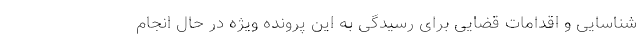
شناسایی و اقدامات قضایی برای رسیدگی به این پرونده ویژه در حال انجام